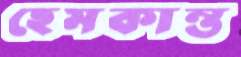
হেমকান্ত